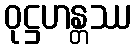
ဝုဋ္ဌဟန္တဿ